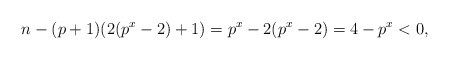
\begin{align*}n - (p+1)(2(p^x-2) + 1) = p^x - 2(p^x-2) = 4 - p^x < 0,\end{align*}